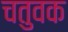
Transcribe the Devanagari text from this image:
चतुवक